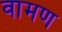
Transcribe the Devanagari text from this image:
वामण